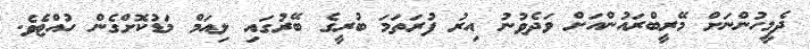
ދެމީހުންނަށް މޭރީބްރައުންއަށް ވަދެވުނު އިރު ފުރަތަމަ ބުރީގެ ބޭރުގައި ލިއަމް މަޑުކޮށްގެން ހުއްޓެވެ.